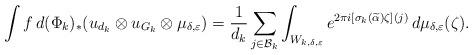
LaTeX: \begin{align*}\int f\,d(\Phi_{k})_{*}(u_{d_{k}}\otimes u_{G_{k}}\otimes \mu_{\delta,\varepsilon})=\frac{1}{d_{k}}\sum_{j\in \mathcal{B}_{k}}\int_{W_{k,\delta,\varepsilon}}e^{2\pi i [\sigma_{k}(\widetilde{\alpha})\zeta](j)}\,d\mu_{\delta,\varepsilon}(\zeta).\end{align*}